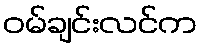
ဝမ်ချင်းလင်က